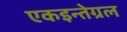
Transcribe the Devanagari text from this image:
एकइन्तेग्रल